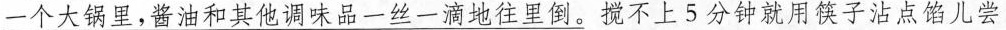
\underline{一个大锅里，酱油和其他调味品一丝一滴生往里倒。}搅不上5分钟就用篌子沾点馅儿尝